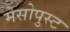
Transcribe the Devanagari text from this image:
मेसोपुस्ट